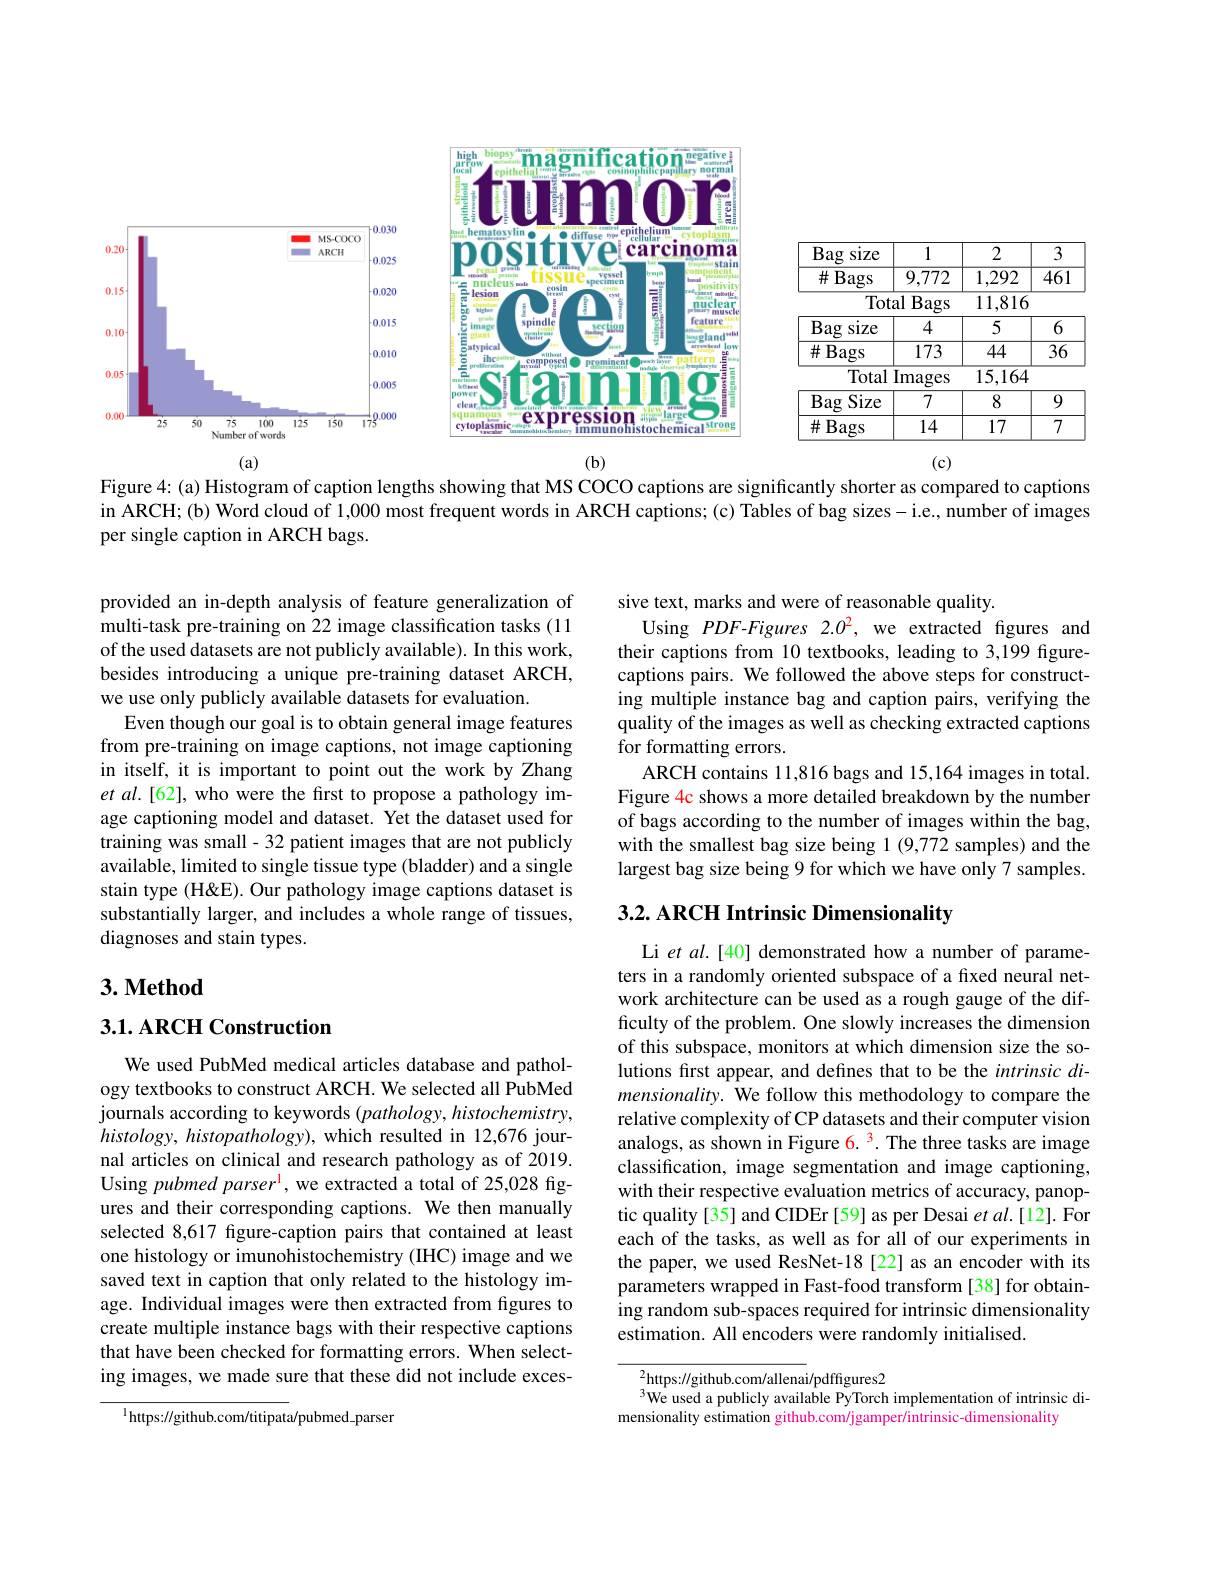
<FigureHere>
$(\mathbf{b})$
(a)

<table>
	<tbody>
		<tr>
			<th>Bag Size</th>
			<th>1</th>
			<th>2</th>
			<th>3</th>
		</tr>
		<tr>
			<td>$\#Bags$</td>
			<td>9,772</td>
			<td>1,292</td>
			<td>$\overline{461}$</td>
		</tr>
		<tr>
			<td>Totε</td>
			<td>alBags</td>
			<td>$\overline{11,816}$</td>
			<td> </td>
		</tr>
		<tr>
			<td>Bag SIZe</td>
			<td>4</td>
			<td>5</td>
			<td>6</td>
		</tr>
		<tr>
			<td>$\#Bags$</td>
			<td>173</td>
			<td>44</td>
			<td>$\overline{36}$</td>
		</tr>
		<tr>
			<td>Total</td>
			<td>$\operatorname{lmages}$</td>
			<td>15,164</td>
			<td> </td>
		</tr>
		<tr>
			<td>Bag Size</td>
			<td>7</td>
			<td>8</td>
			<td>9</td>
		</tr>
		<tr>
			<td>$\#$Bags</td>
			<td>14</td>
			<td>17</td>
			<td>7</td>
		</tr>
	</tbody>
</table>

(c)
Figure 4: (a) Histogram of caption lengths showing that MS COCO captions are significantly shorter as compared to captions in ARCH; (b) Word cloud of 1,000 most frequent words in ARCH captions; (c) Tables of bag sizes- i.e., number of images per single caption in ARCH bags.

sive text, marks and were of reasonable quality.
Using PDF-Figures 2.02, we extracted figures and their captions from 10 textbooks, leading to 3,199 figurecaptions pairs. We followed the above steps for constructing multiple instance bag and caption pairs, verifying the quality of the images as well as checking extracted captions for formatting errors.
ARCH contains 11,816 bags and 15,164 images in total. Figure 4c shows a more detailed breakdown by the number of bags according to the number of images within the bag, with the smallest bag size being 1 (9,772 samples) and the largest bag size being 9 for which we have only 7 samples.

provided an in-depth analysis of feature generalization of multi-task pre-training on 22 image classification tasks (11 of the used datasets are not publicly available). In this work, besides introducing a unique pre-training dataset ARCH, we use only publicly available datasets for evaluation.
Even though our goal is to obtain general image features from pre-training on image captions, not image captioning in itself, it is important to point out the work by Zhang et al.[62], who were the first to propose a pathology image captioning model and dataset. Yet the dataset used for training was small - 32 patient images that are not publicly available, limited to single tissue type (bladder) and a single stain type (H&E). Our pathology image captions dataset is substantially larger, and includes a whole range of tissues, diagnoses and stain types.

## 3.2. ARCH Intrinsic Dimensionality

# 3. Method

## 3.1. ARCH Construction

Li et al.[40] demonstrated how a number of parameters in a randomly oriented subspace of a fixed neural network architecture can be used as a rough gauge of the difficulty of the problem. One slowly increases the dimension of this subspace, monitors at which dimension size the solutions fırst appear, and defınes that to be the intrinsic dimensionality. We follow this methodology to compare the relative complexity of CP datasets and their computer vision analogs, as shown in Figure 6. 3. The three tasks are image classification, image segmentation and image captioning, with their respective evaluation metrics of accuracy, panoptic quality [35] and CIDEr [59] as per Desai et al.[12]. For each of the tasks, as well as for all of our experiments in the paper, we used ResNet-18 [22] as an encoder with its parameters wrapped in Fast-food transform [38] for obtaining random sub-spaces required for intrinsic dimensionality estimation. All encoders were randomly initialised.

We used PubMed medical articles database and pathology textbooks to construct ARCH. We selected all PubMed journals according to keywords (pathology, histochemistry, $histology,histopathology)$, which resulted in 12,676 journal articles on clinical and research pathology as of 2019. Using pubmed parser' , we extracted a total of 25,028 figures and their corresponding captions. We then manually selected 8,617 fgure-caption pairs that contained at least one histology or imunohistochemistry (IHC) image and we saved text in caption that only related to the histology image. Individual images were then extracted from figures to create multiple instance bags with their respective captions that have been checked for formatting errors. When selecting images, we made sure that these did not include exces-

${\frac{2}{\mathrm{https:}//\mathrm{github.com/allenai}}/\mathrm{pdffigures2}}$
$^{3}$We used a publicly available PyTorch implementation of intrinsic di-
mensionality estimation github.com/jgamper/intrinsic-dimensionality

$^{1}$https://github.com/titipata/pubmed\_parser